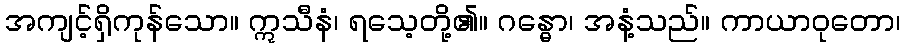
အကျင့်ရှိကုန်သော။ ဣသီနံ၊ ရသေ့တို့၏။ ဂန္ဓော၊ အနံ့သည်။ ကာယာဝုတော၊